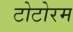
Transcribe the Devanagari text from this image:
टोटोरम